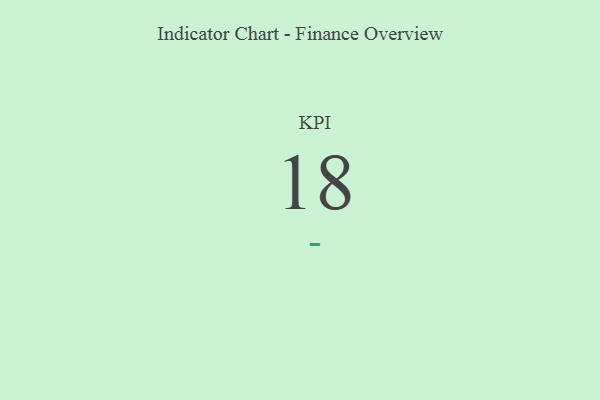
{"axis": {"x": "KPI", "y": "Value"}, "legend": [""], "data": [{"x": "KPI", "y": 18, "type": ""}]}